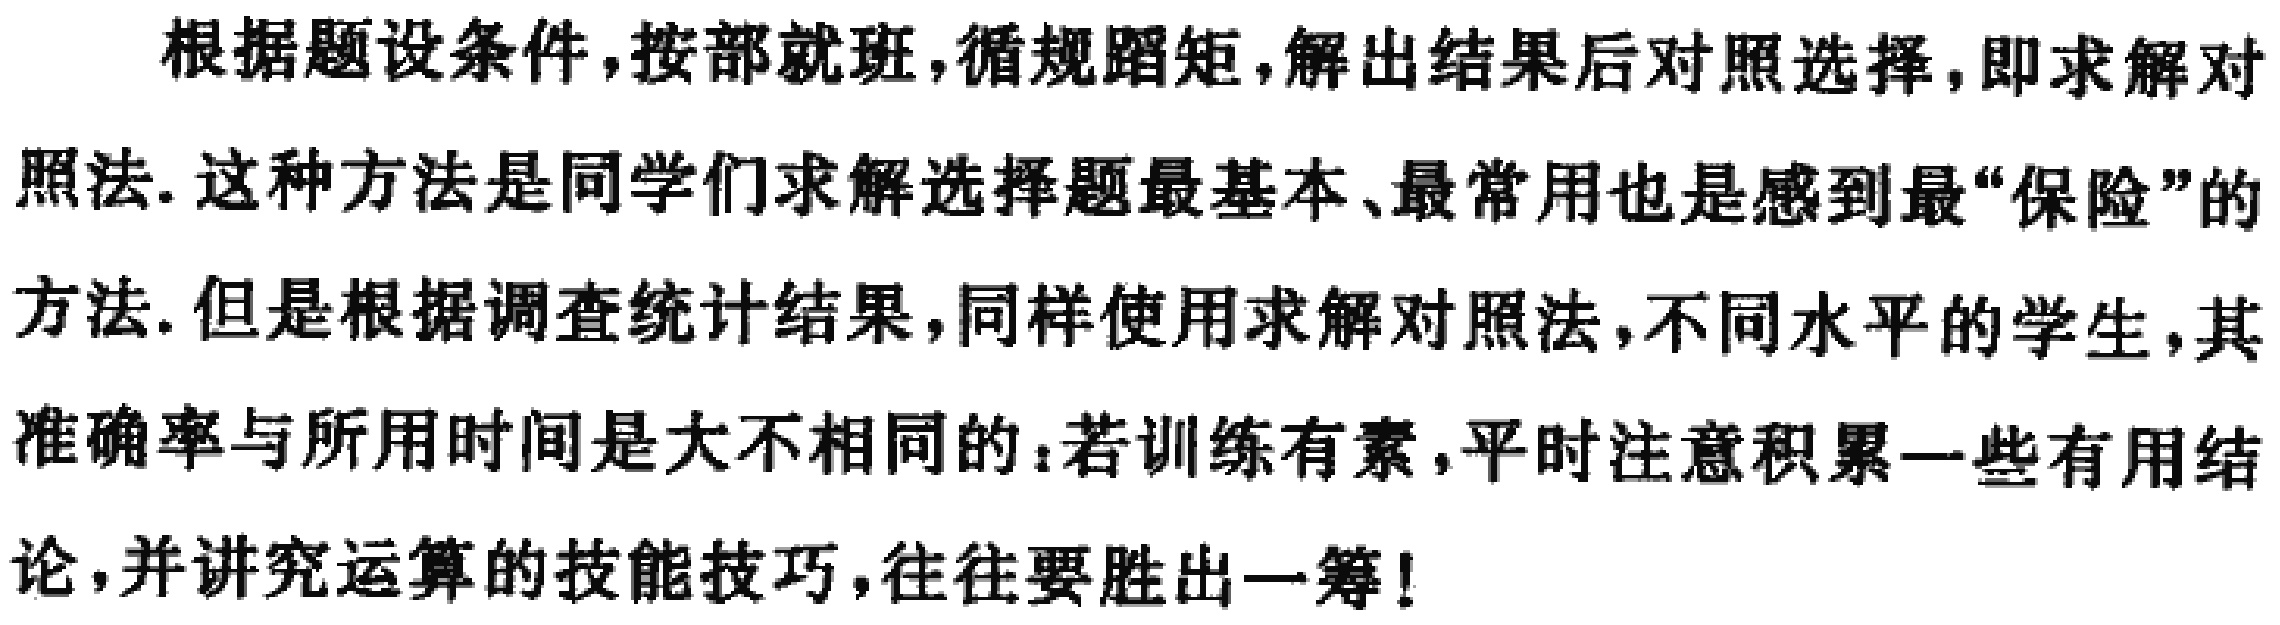
根据题设条件,按部就班,循规蹈矩,解出结果后对照选择,即求解对照法. 这种方法是同学们求解选择题最基本、最常用也是感到最“保险”的方法. 但是根据调查统计结果,同样使用求解对照法,不同水平的学生,其准确率与所用时间是大不相同的：若训练有素,平时注意积累一些有用结论,并讲究运算的技能技巧,往往要胜出一筹!